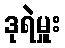
ဒုရဲမှူး